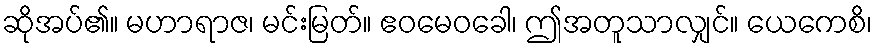
ဆိုအပ်၏။ မဟာရာဇ၊ မင်းမြတ်။ ဧဝမေဝခေါ၊ ဤအတူသာလျှင်။ ယေကေစိ၊